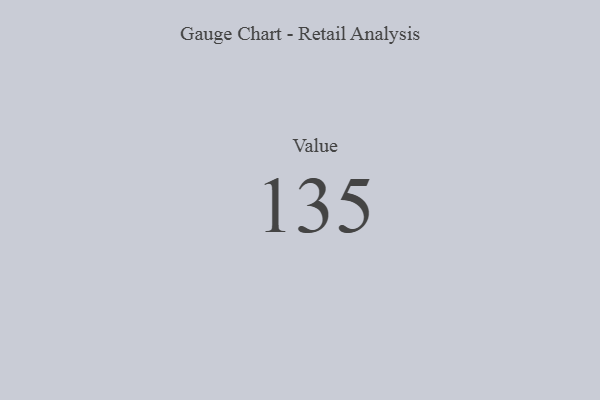
{"axis": {"x": "Metric", "y": "Value"}, "legend": [""], "data": [{"x": "Value", "y": 135, "type": ""}]}